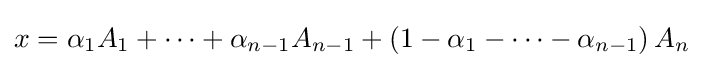
x=\alpha _{1}A_{1}+\cdots +\alpha _{n-1}A_{n-1}+\left(1-\alpha _{1}-\cdots -\alpha _{n-1}\right)A_{n}